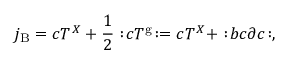
j _ { \mathrm { B } } = c T ^ { X } + \frac { 1 } { 2 } : \! c T ^ { \mathrm { g } } \! : = c T ^ { X } + : \! b c \partial c \! : ,